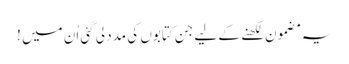
یہ مضمون لکھنے کے لیے جن کتابوں کی مدد لی گئی اُن میں !